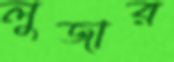
লুজার